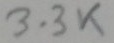
Text: 3.3K